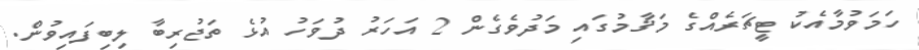
ހަމަވުމާއެކު ޓީޗަރެއްގެ މަޤާމުގައި މަދުވެގެން 2 އަހަރު ދުވަހު އުޅެ ތަޖުރިބާ ލިބިފައިވުން.